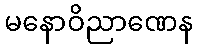
မနောဝိညာဏေန